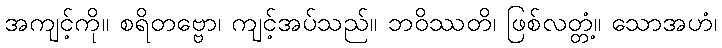
အကျင့်ကို။ စရိတဗ္ဗော၊ ကျင့်အပ်သည်။ ဘဝိဿတိ၊ ဖြစ်လတ္တံ့။ သောအဟံ၊